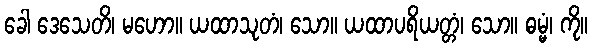
ခေါ ဒေသေတိ၊ မဟော။ ယထာသုတံ၊ သော။ ယထာပရိယတ္တံ၊ သော။ ဓမ္မံ၊ ကို။